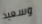
وسعيد